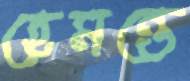
হেমন্তে